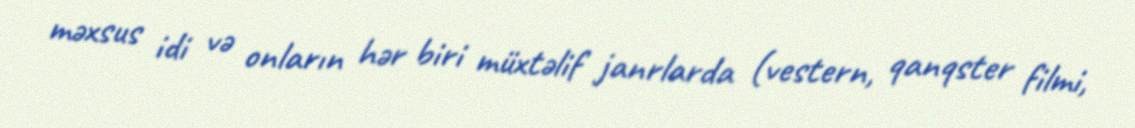
məxsus idi və onların hər biri müxtəlif janrlarda (vestern, qanqster filmi,